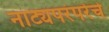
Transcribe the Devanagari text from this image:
नाट्यपरंपरेचे